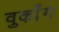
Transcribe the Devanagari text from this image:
वुकाँग